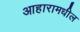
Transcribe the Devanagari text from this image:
आहारामधील